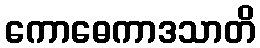
ကောဓေကာဒသာတိ